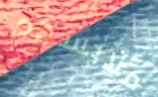
ملابسكم